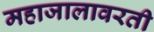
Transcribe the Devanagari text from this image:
महाजालावरती